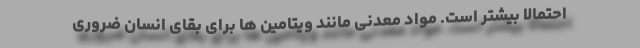
احتمالا بیشتر است. مواد معدنی مانند ویتامین ها برای بقای انسان ضروری